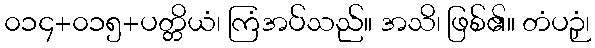
၀၁၄+၀၁၅+ပတ္တိယံ၊ ကြံအပ်သည်။ အသိ၊ ဖြစ်၏။ တံပဉှံ၊